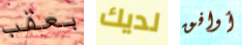
بعقب لديك أوافق